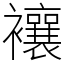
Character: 𧟄